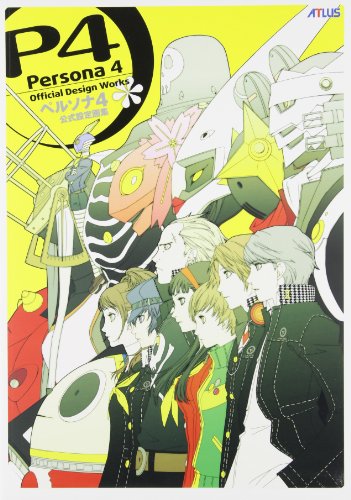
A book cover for Persona 4: Official Design Works; Atlus; Arts & Photography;